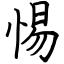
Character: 惕